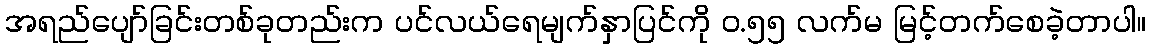
အရည်ပျော်ခြင်းတစ်ခုတည်းက ပင်လယ်ရေမျက်နှာပြင်ကို ဝ.၅၅ လက်မ မြင့်တက်စေခဲ့တာပါ။